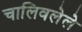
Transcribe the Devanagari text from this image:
चालिवलेले